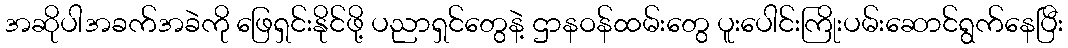
အဆိုပါအခက်အခဲကို ဖြေရှင်းနိုင်ဖို့ ပညာရှင်တွေနဲ့ ဌာနဝန်ထမ်းတွေ ပူးပေါင်းကြိုးပမ်းဆောင်ရွက်နေပြီး